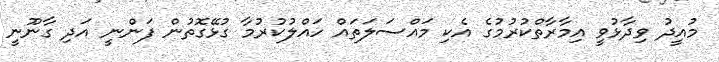
މުއީދު ވިދާޅުވީ އިމާރާތްކުރުމުގެ އެކި މައްސަލަތައް ހައްލުކުރުމާ ގުޅޭގޮތުން ފަންނީ އަދި ގާނޫނީ